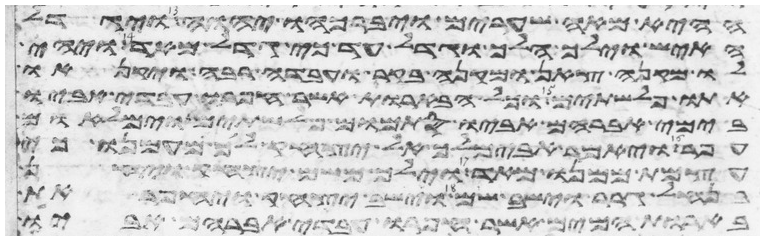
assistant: ההיא מאה שערים ויברכהו יהוה ויגדל
האיש וילך הלך וגדל עד כי גדל מאד ויהי
לו מקנה צאן ומקנה בקר ועבדה רבה ויקנאו
אתו פלשתים וכל הבארות אשר חפרו עבדי אביו
בימי אברהם אביו סתמום פלשתים וימלאום
עפר ויאמר אבימלך אל יצחק לך מעמנו כי
עצמת ממנו מאד וילך משם יצחק ויחן
בנחל גרר וישב שם וישב יצחק ויחפר את
בארות המים אשר חפרו עבדי אברהם אביו